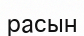
расын